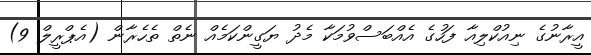
އީރާނުގެ ނިއުކްލިއާ ފަހުގެ އެއްބަސްވުމަކާ މެދު ޔަގީންކަމެއް ނެތް ތެހެރާން (އެޕްރީލް 9)